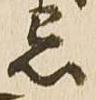
忌